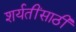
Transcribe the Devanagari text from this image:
शर्यतींसाठी